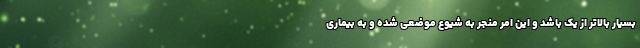
بسیار بالاتر از یک باشد و این امر منجر به شیوع موضعی شده و به بیماری